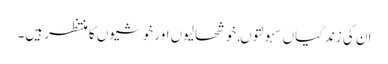
ان کی زندگیاں سہولتوں,خوشحالیوں اور خوشیوں کا منتظر ہیں۔